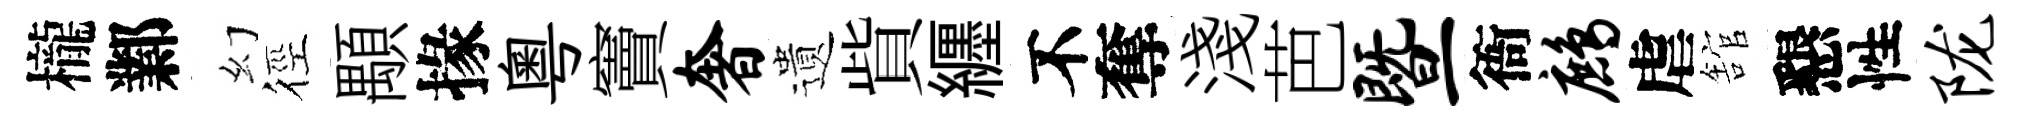
櫳鄴幻徑顒掾粵竇奢遺貲纒不奪淺芭暨衙鹧虐舘懇性陇